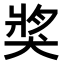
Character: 𤟒